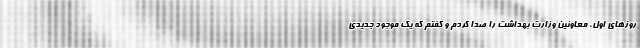
روزهای اول، معاونین وزارت بهداشت را صدا کردم و گفتم که یک موجود جدیدی